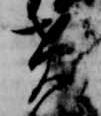
責